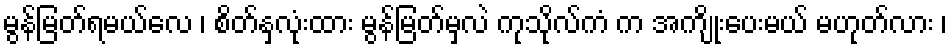
မွန်မြတ်ရမယ်လေ ၊ စိတ်နှလုံးထား မွန်မြတ်မှလဲ ကုသိုလ်ကံ က အကျိုးပေးမယ် မဟုတ်လား ၊